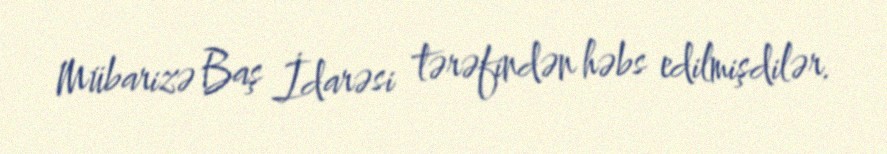
Mübarizə Baş İdarəsi tərəfindən həbs edilmişdilər.